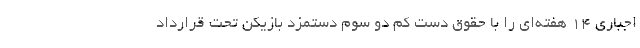
اجباری ۱۴ هفته‌ای را با حقوق دست کم دو سوم دستمزد بازیکن تحت قرارداد